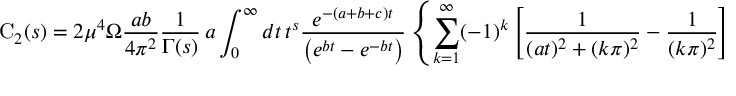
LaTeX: \mathrm { C } _ { 2 } ( s ) = 2 { \mu } ^ { 4 } \Omega \frac { a b } { 4 { \pi } ^ { 2 } } \frac { 1 } { \Gamma ( s ) } \, a \int _ { 0 } ^ { \infty } d t \, t ^ { s } \frac { e ^ { - ( a + b + c ) t } } { \left( e ^ { b t } - e ^ { - b t } \right) } \left\{ \sum _ { k = 1 } ^ { \infty } ( - 1 ) ^ { k } \left[ \frac { 1 } { ( a t ) ^ { 2 } + ( k \pi ) ^ { 2 } } - \frac { 1 } { ( k \pi ) ^ { 2 } } \right] \, + \right.